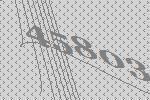
45803